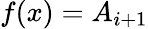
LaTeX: f(x)=A_{i+1}